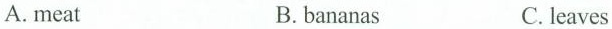
A. meat B. bananas C. leaves